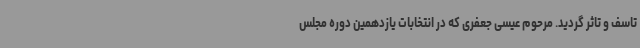
تاسف و تاثر گردید. مرحوم عیسی جعفری که در انتخابات یازدهمین دوره مجلس